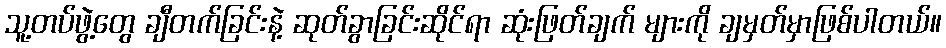
သူ့တပ်ဖွဲ့တွေ ချီတက်ခြင်းနဲ့ ဆုတ်ခွာခြင်းဆိုင်ရာ ဆုံးဖြတ်ချက် များကို ချမှတ်မှာဖြစ်ပါတယ်။